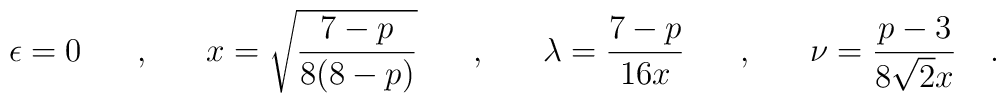
\epsilon=0 \hspace{0.7cm},\hspace{0.7cm} x = \sqrt{\frac{7-p}{8(8-p)}}\hspace{0,7cm},\hspace{0.7cm} {\lambda} = \frac{7-p}{16x}\hspace{0.7cm},\hspace{0.7cm} \nu = \frac{p-3}{8 \sqrt{2}x } \quad .